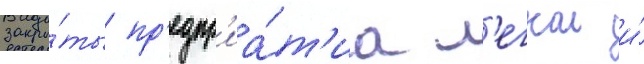
закры́ты пр'едпр'иа́т'иа л'егкои и́